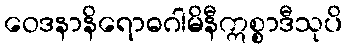
ဝေဒနာနိရောဓဂါမိနီဣစ္စာဒီသုပိ